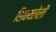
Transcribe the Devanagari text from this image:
शिकवलेली